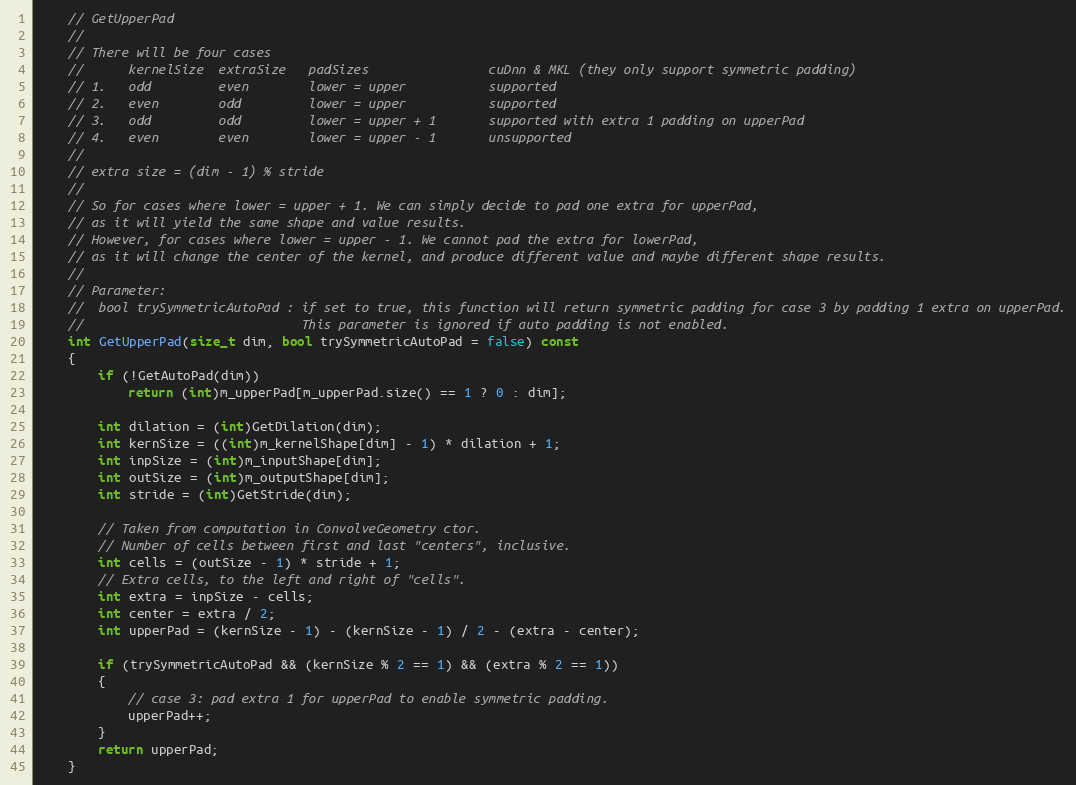
Language: C
    // GetUpperPad
    //
    // There will be four cases
    //      kernelSize  extraSize   padSizes                cuDnn & MKL (they only support symmetric padding)
    // 1.   odd         even        lower = upper           supported
    // 2.   even        odd         lower = upper           supported
    // 3.   odd         odd         lower = upper + 1       supported with extra 1 padding on upperPad
    // 4.   even        even        lower = upper - 1       unsupported
    //
    // extra size = (dim - 1) % stride
    //
    // So for cases where lower = upper + 1. We can simply decide to pad one extra for upperPad,
    // as it will yield the same shape and value results.
    // However, for cases where lower = upper - 1. We cannot pad the extra for lowerPad,
    // as it will change the center of the kernel, and produce different value and maybe different shape results.
    //
    // Parameter:
    //  bool trySymmetricAutoPad : if set to true, this function will return symmetric padding for case 3 by padding 1 extra on upperPad.
    //                             This parameter is ignored if auto padding is not enabled.
    int GetUpperPad(size_t dim, bool trySymmetricAutoPad = false) const
    {
        if (!GetAutoPad(dim))
            return (int)m_upperPad[m_upperPad.size() == 1 ? 0 : dim];

        int dilation = (int)GetDilation(dim);
        int kernSize = ((int)m_kernelShape[dim] - 1) * dilation + 1;
        int inpSize = (int)m_inputShape[dim];
        int outSize = (int)m_outputShape[dim];
        int stride = (int)GetStride(dim);

        // Taken from computation in ConvolveGeometry ctor.
        // Number of cells between first and last "centers", inclusive.
        int cells = (outSize - 1) * stride + 1;
        // Extra cells, to the left and right of "cells".
        int extra = inpSize - cells;
        int center = extra / 2;
        int upperPad = (kernSize - 1) - (kernSize - 1) / 2 - (extra - center);

        if (trySymmetricAutoPad && (kernSize % 2 == 1) && (extra % 2 == 1))
        {
            // case 3: pad extra 1 for upperPad to enable symmetric padding.
            upperPad++;
        }
        return upperPad;
    }